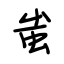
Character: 蚩